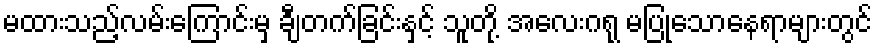
မထားသည့်လမ်းကြောင်းမှ ချီတက်ခြင်းနှင့် သူတို့ အလေးဂရု မပြုသောနေရာများတွင်